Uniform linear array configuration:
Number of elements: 24
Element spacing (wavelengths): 0.75
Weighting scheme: blackman
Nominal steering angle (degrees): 30
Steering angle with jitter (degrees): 29.659
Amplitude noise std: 0.05
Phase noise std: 0.05

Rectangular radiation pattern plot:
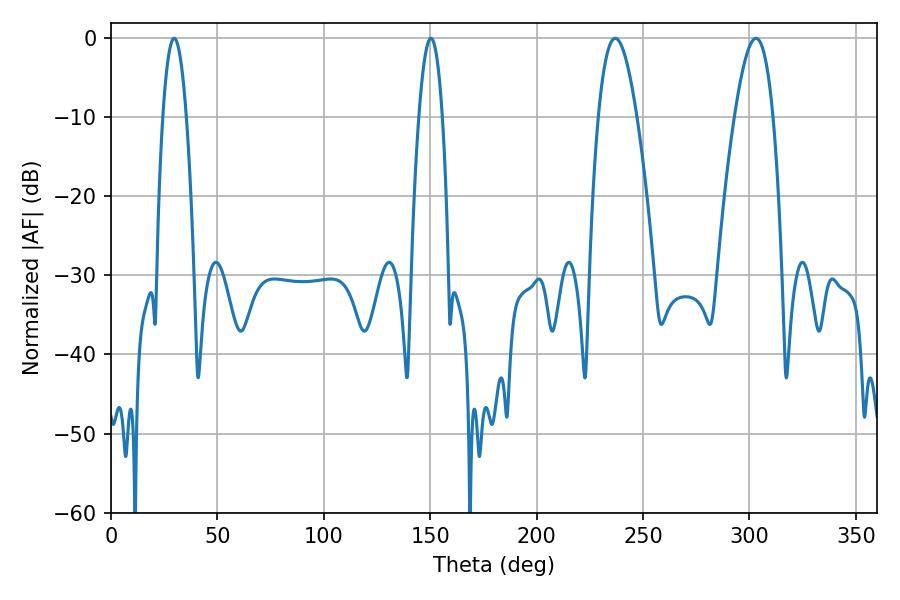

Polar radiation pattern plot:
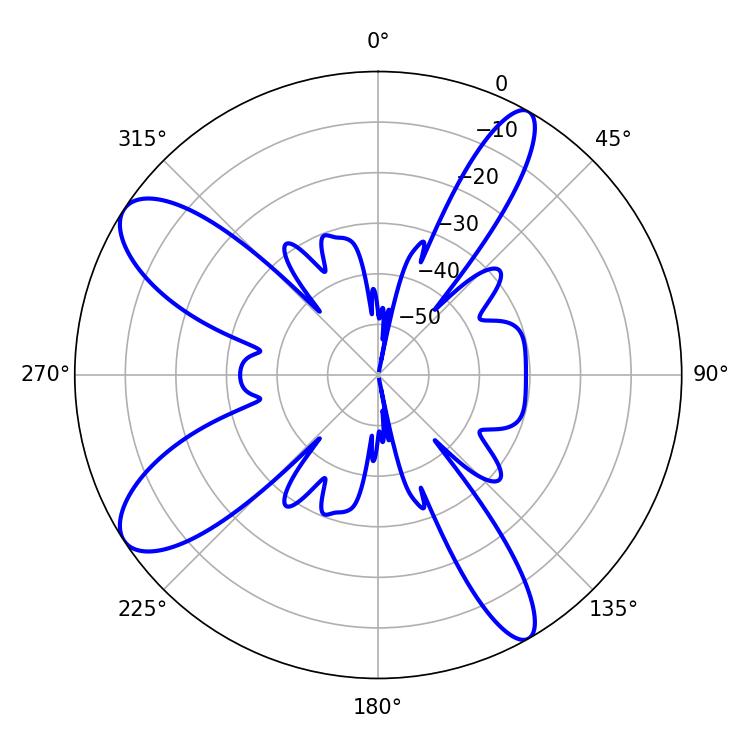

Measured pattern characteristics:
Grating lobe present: TRUE
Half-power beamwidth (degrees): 6.12
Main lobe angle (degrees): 29.7